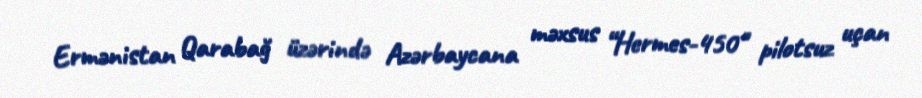
Ermənistan Qarabağ üzərində Azərbaycana məxsus “Hermes-450" pilotsuz uçan